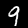
Digit: 9